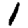
Digit: 1